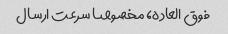
فوق العاده، مخصوصا سرعت ارسال